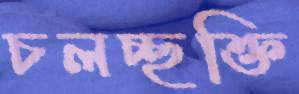
চলচ্ছক্তি